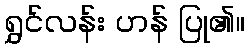
ရွှင်လန်း ဟန် ပြု၏။